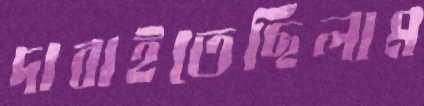
দাবাইতেছিলাম